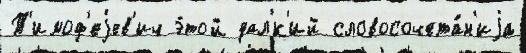
Т'имоф'еjев'ич э́той дал'́к'ий словосочета́н'иjа